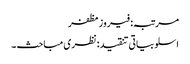
مرتبہ: فیروز مظفر
اسلوبیاتی تنقید: نظری مباحث ۔